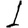
Digit: 1